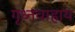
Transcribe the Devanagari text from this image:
गृध्नवाहाय